Vaccination North-Western Provinces 1866-1877 - 1866-1877
Year: 1866
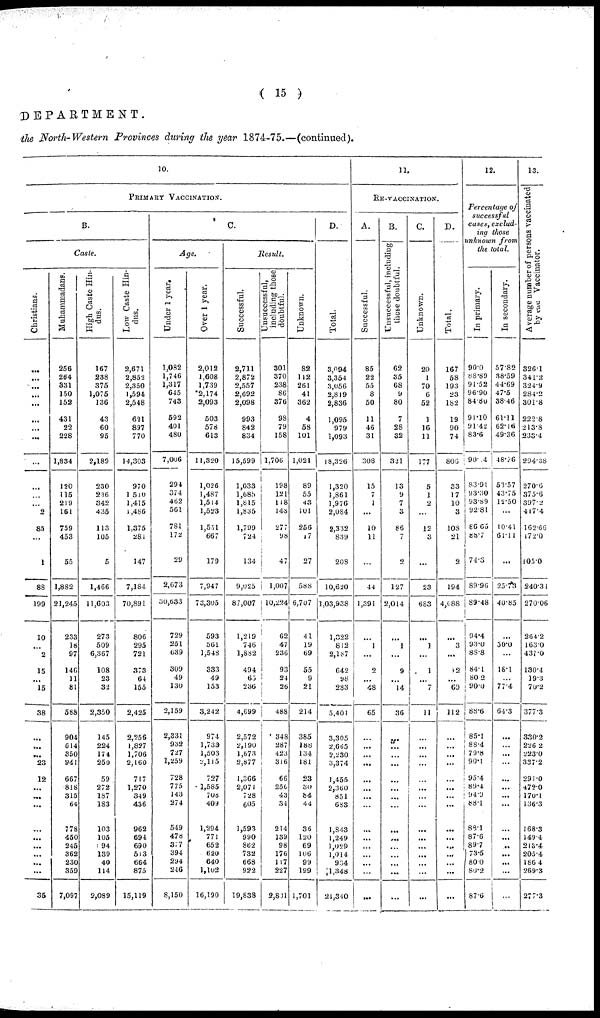
( 15 )
DEPARTM E NT.
the North-Western Provinces during the year 1874-75.—(continued).
10.
PRIMARY VACCINATION.
B.
Caste.
Christians.
...
...
...
...
...
...
...
...
...
...
...
...
2
85
...
1
88
199
10
...
2
15
...
15
38
...
...
...
23
12
...
...
...
...
...
...
...
...
...
35
Muhammadans.
256
264
331
150
152
431
22
228
1,834
120
115
219
161
759
453
55
1,882
21,245
233
18
97
146
11
81
588
904
614
350
941
667
818
315
64
778
450
245
362
230
359
7,097
High Caste Hin-
dus.
167
238
375
1,075
136
43
60
95
2,189
230
236
342
4 35
113
105
5
1,466
11,603
273
509
6,367
108
23
32
2,350
145
224
174
250
59
272
187
183
103
105
94
139
40
114
2,089
Low Caste Hin-
dus.
2,671
2,852
2,350
1,594
2,548
621
897
770
14,303
970
1,510
1,415
1,466
1,375
281
147
7,184
70,891
806
295
721
373
64
155
2,425
2,256
1,827
1,706
2,160
717
1,270
349
436
962
694
690
513
664
875
15,119
C.
Age.
Under 1 year
1,082
1,746
1,317
645
743
592
401
480
7,006
294
374
462
561
781
172
29
2,673
30,633
729
251
639
309
49
130
2,159
2,331
952
727
1,259
728
775
143
274
549
478
377
394
294
246
8,150
Over 1 year.
2,012
1,608
1,739
2,174
2,093
503
578
613
11,320
1,026
1,487
1,514
1,523
1,551
667
179
7,947
73,305
593
561
1,548
333
49
153
3,242
974
1,733
1,503
2,115
727
1,585
708
409
1,294
771
652
620
640
1,102
16,190
Result.
Successful.
2,711
2,872
2,557
2,692
2,098
993
842
834
15,599
1,033
1,685
1,815
1,835
1,799
724
134
9,025
87,007
1,219
746
1,882
494
65
236
4,699
2,572
2,190
1,673
2,877
1,366
2,071
728
605
1,593
990
862
732
668
922
19,838
Unsuccessful,
including those
doubtful.
301
370
238
86
376
98
79
158
1,706
198
121
118
148
277
98
47
1,007
10,224
62
47
236
93
24
26
488
348
287
423
316
66
256
43
34
214
139
98
176
117
227
2,801
Unknown.
82
112
261
41
362
4
58
101
1,021
89
55
43
101
256
17
27
588
6,707
41
19
69
55
9
21
214
385
188
134
181
23
30
84
44
36
120
69
106
99
199
1,701
D.
Total.
3,094
3,354
3,056
2,819
2,836
1,095
979
1,093
18,326
1,320
1,861
1,976
2,084
2,332
839
208
10,620
1,03,938
1,322
812
2,187
642
98
283
5,401
3,305
2,665
2,230
3,374
1,455
2,360
851
688
1,843
1,249
1,029
1,014
934
1,348
21,340
11.
RE-VACCINATION.
A.
Successful.
85
22
55
8
50
11
46
31
308
15
7
1
...
10
11
...
44
1,391
...
1
...
2
...
48
65
...
...
...
...
...
...
...
...
...
...
...
...
...
...
...
B.
Unsuccessful, including
these doubtful.
62
35
68
9
80
7
28
32
321
13
9
7
3
86
7
2
127
2,014
...
1
...
9
...
14
36
...
...
...
...
...
...
...
...
...
...
...
...
...
...
...
C.
Unknown.
20
1
70
6
52
1
16
11
177
5
1
2
...
12
3
...
23
683
...
1
...
1
...
7
11
...
...
...
...
...
...
...
...
...
...
...
...
...
...
...
D.
Total.
167
58
193
23
182
19
90
74
806
33
17
10
3
108
21
2
194
4,088
...
3
...
52
...
60
112
...
...
...
...
...
...
...
...
...
...
...
...
...
...
...
12.
Percentage of
successful
cases, exclud-
ing those
unknown
from
the total.
In primary.
90.0
88.89
91.52
96.90
84.80
91.10
91.42
83.6
90.4
83.91
93.30
93.89
92.81
86.65
88.7
74.8
89.96
89.48
94.4
93.0
88.8
84.1
80.2
90.0
88.6
85.1
88.4
79.8
90.1
95.4
89.4
94.9
88.1
88.1
87.6
89.7
73.5
80.0
80.2
87.6
In secondary.
57.82
38.59
44.69
47.5
38.46
61.11
62.16
49.36
48.86
53.57
43.75
12.50
...
10.41
61.11
...
25.73
40.85
...
50.0
...
16.1
...
77.4
64.3
...
...
...
...
...
...
...
...
...
...
...
...
...
...
...
13.
Average number of persons vaccinated
by each Vaccinator.
326.1
341.2
324.9
284.2
301.8
222.8
213.8
233.4
294.38
270.6
375.6
397.2
417.4
162.66
172.0
105.0
240.31
270.06
264.2
163.0
437.0
130.4
19.3
70.2
377.3
330.2
226.2
223.0
337.2
291.0
472.0
170.1
136.3
168.3
149.4
213.4
205.4
186.4
269.3
277.3